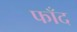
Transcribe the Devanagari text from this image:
फाँद